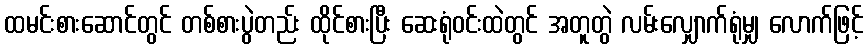
ထမင်းစားဆောင်တွင် တစ်စားပွဲတည်း ထိုင်စားပြီး ဆေးရုံဝင်းထဲတွင် အတူတွဲ လမ်းလျှောက်ရုံမျှ လောက်ဖြင့်